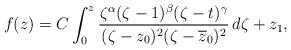
LaTeX: \begin{align*}f(z)=C\int_0^z\frac{\zeta^\alpha(\zeta-1)^\beta(\zeta-t)^\gamma}{(\zeta-z_0)^2(\zeta-\overline{z}_0)^2}\,d\zeta+z_1,\end{align*}